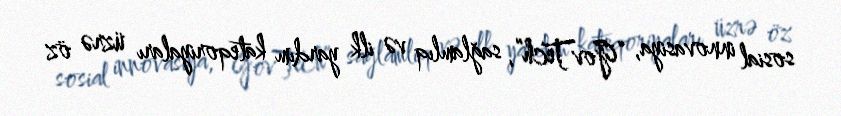
sosial innovasiya, “GovTech”, sağlamlıq və ilk yardım kateqoriyaları üzrə öz